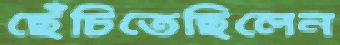
ছেঁচিতেছিলেন